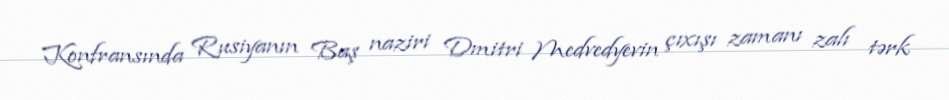
Konfransında Rusiyanın Baş naziri Dmitri Medvedyevin çıxışı zamanı zalı tərk